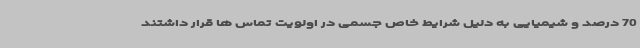
70 درصد و شیمیایی به دلیل شرایط خاص جسمی در اولویت تماس ها قرار داشتند